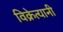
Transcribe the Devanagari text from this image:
विक्रेत्यानी